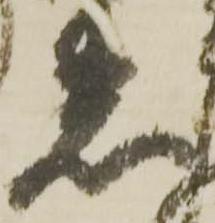
着